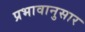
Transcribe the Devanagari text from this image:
प्रभावानुसार